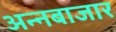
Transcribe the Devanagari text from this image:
अन्नबाजार